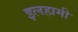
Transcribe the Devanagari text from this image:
इलहामी